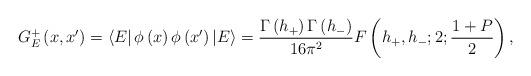
LaTeX: \begin{align*}G_{E}^{+}\left( x,x^{\prime }\right) =\left\langle E\right| \phi \left(x\right) \phi \left( x^{\prime }\right) \left| E\right\rangle =\frac{\Gamma\left( h_{+}\right) \Gamma \left( h_{-}\right) }{16\pi ^{2}}F\left(h_{+},h_{-};2;\frac{1+P}{2}\right) ,\end{align*}